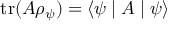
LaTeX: \operatorname { t r } ( A \rho _ { \psi } ) = \left\langle \psi \mid A \mid \psi \right\rangle